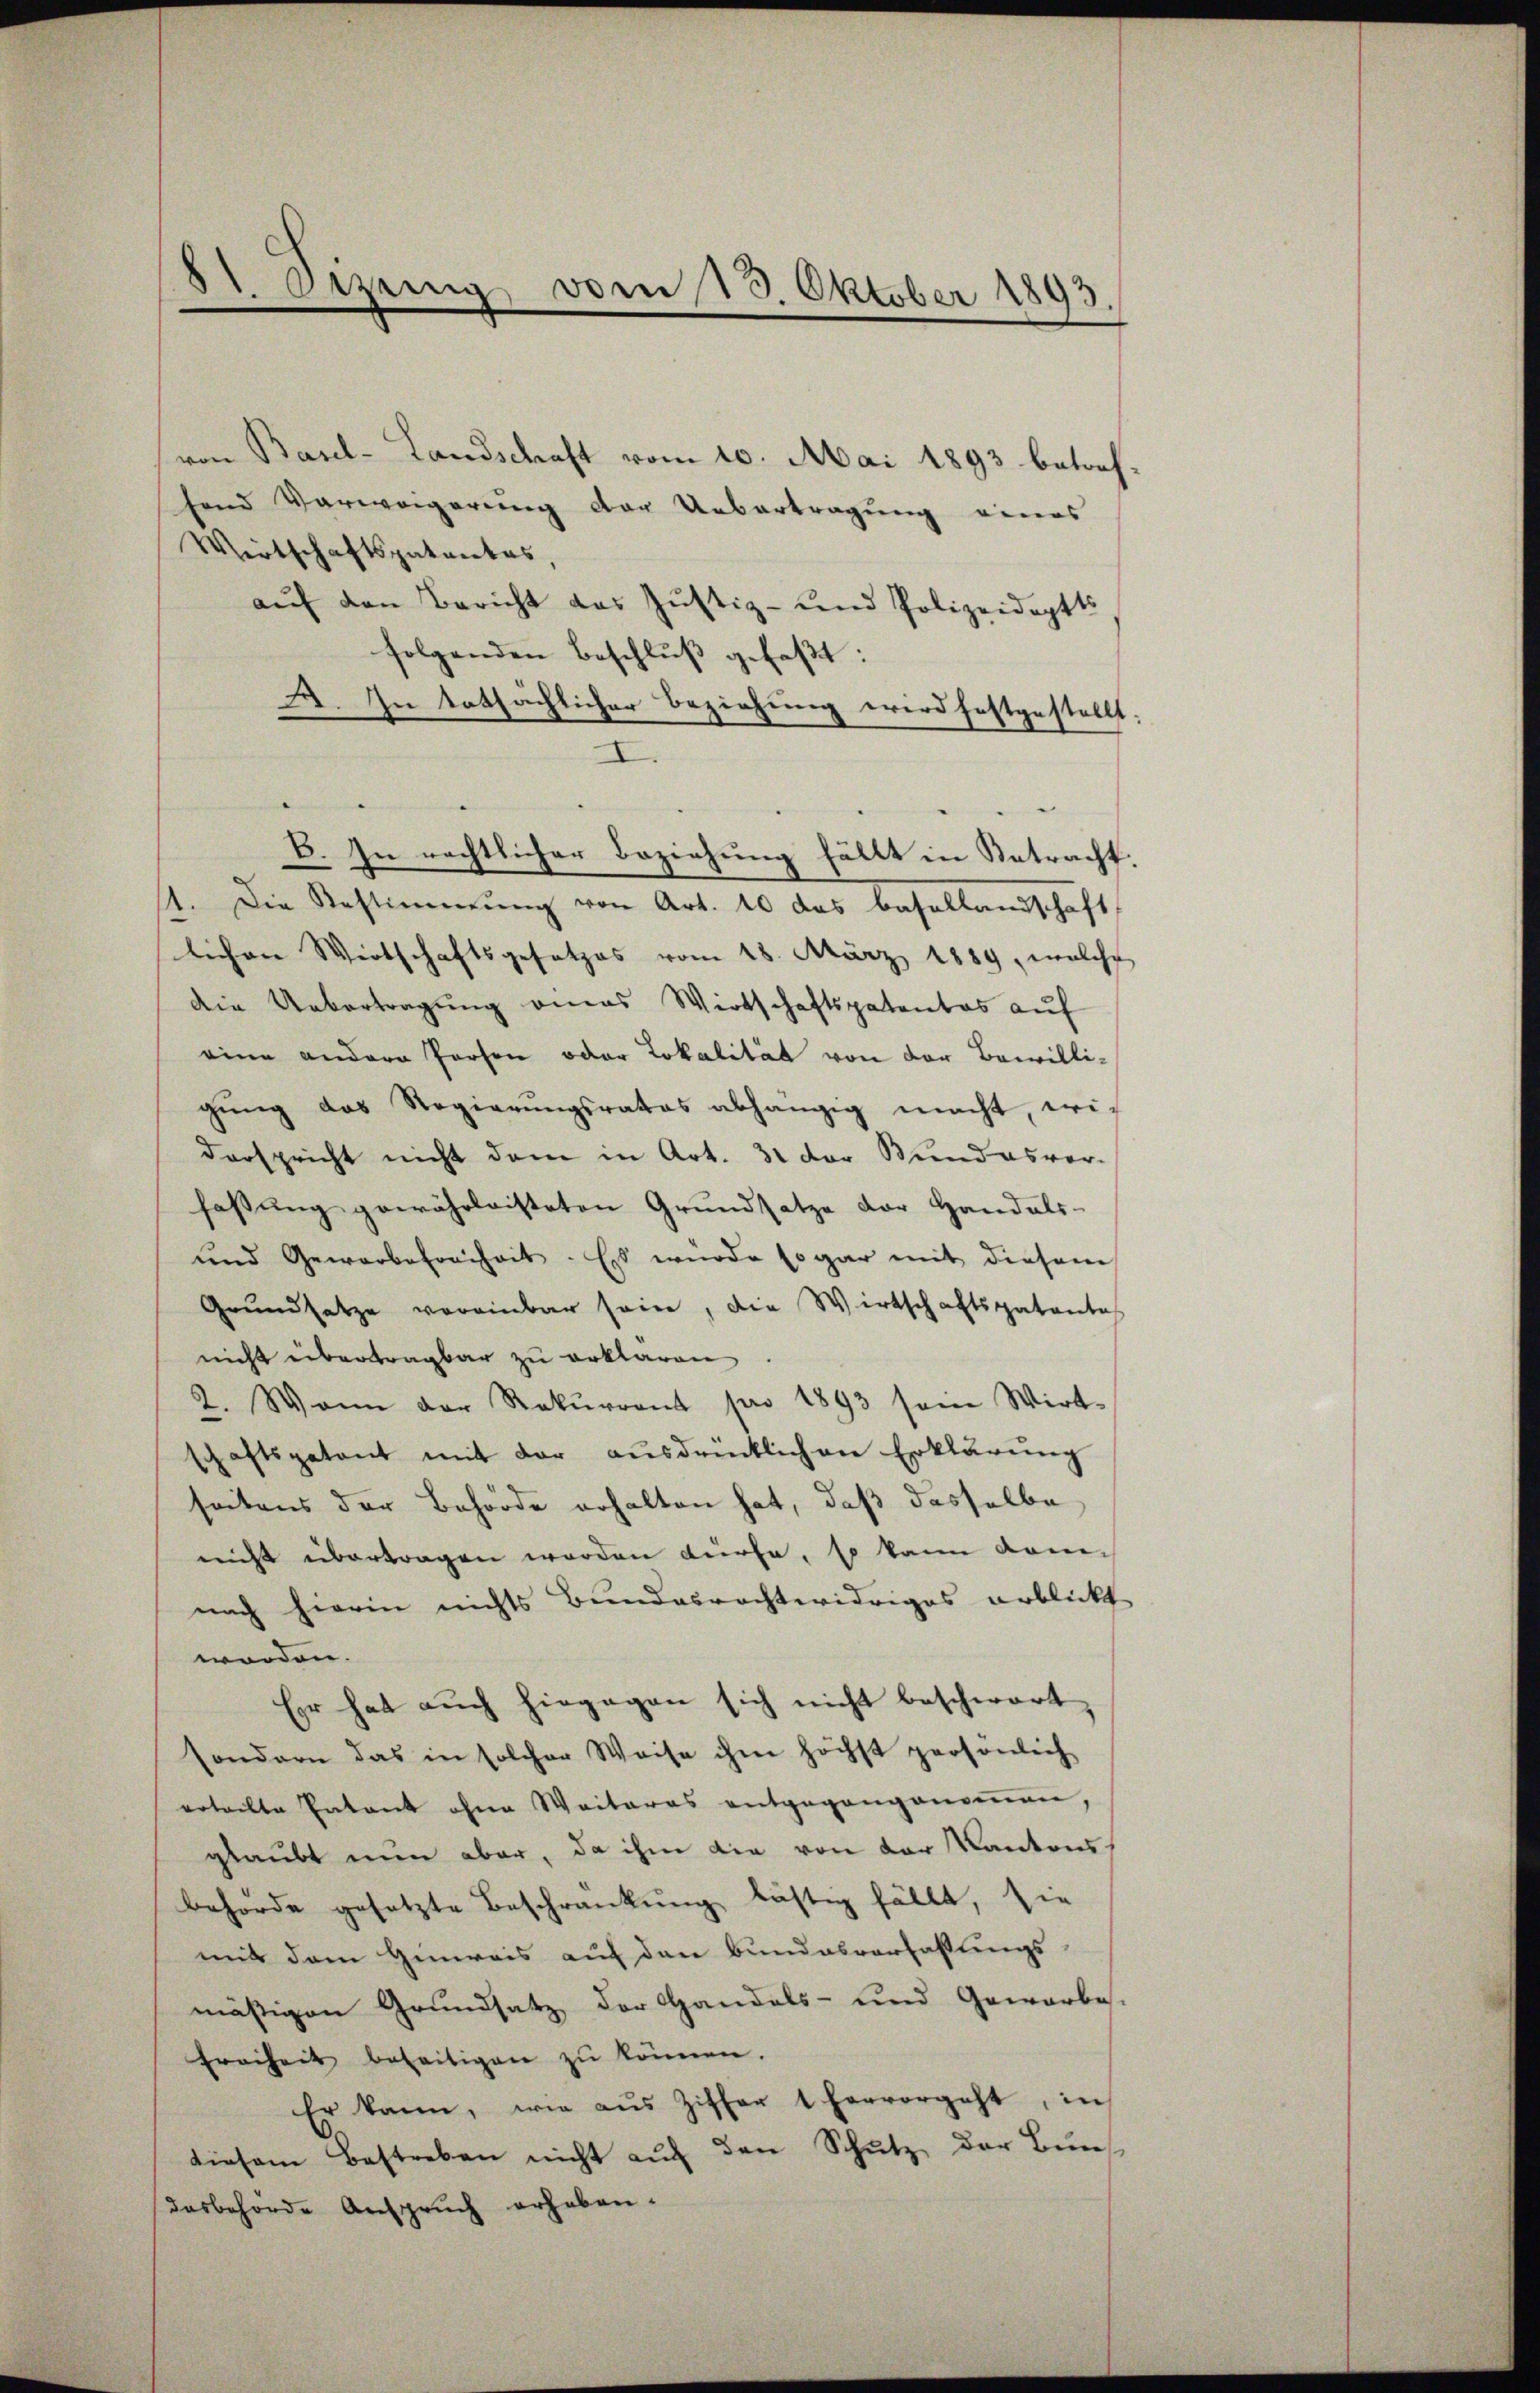
51. Sizung vom 13. Oktober 1893

von Basel-Landschaft vom 10. Mai 1893 betreffend Verweigerung der Uebertragung eines
Wirtschaftspatentes,
auf den Bericht das Justiz- und Polizeidoptts
folgenden Beschluß gefaßt:
I.
1. Die Restimmung von Art. 10 das Basellandschaft
lichen Wirtschaftsgesetzes vom 18. März 1889, welche
die Uebertragung eines Wirtschaftspatentas auf
eine andere Person oder Lokalität von der Bewilli-
gŭng des Regierŭngsrates abhängig macht, wi-
derspricht nicht dem in Art. 31 der Bundesver-
fassung gewährleisteten Grundsatze der Handels-
und Gewerbefreiheit. Es wurde sogar mit diesem
Grŭndsatze vereinbar seine, die Wirtschaftspatente
nicht übertragbar zu erklären
2. Wann der Rekŭrront pro 1893 sein Wirt-
schaftspatent mit der ausdrücklichen Erklärung
seitens der Behörde erhalten hat, daß dasselbe
nicht übertragen worden dürfe, so kann dam
nach hierin nichts Bundesrechtwidriges erblickt
worden.
Er hat auch hingegen sich nicht beschwart
sondern das in solcher Weise ihm höchst persönlich
erteilte Entant ohne Weiteres entgegangenommen,
glaubt nun aber, da ihm die von der Kantonsbehörde gesetzte Beschränkung lästig fällt, sie
mit dem Hinweis auf den Bundesverfassungs-
mäßigen Grundsatz der Handels- und Gewerbes-
freiheit beseitigen zŭ können.
Er kann, wie aŭs Ziffer 1 hervorgeht, in
diesem Bestreben nicht auf den Schutz der Bundasbehörde Anspruch erheben.

E. In rechtlicher Beziehung fällt in Retracht

A. In tatsächlicher Beziehung wird festgestellt.

.